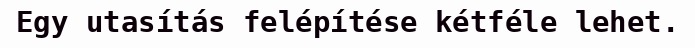
Egy utasítás felépítése kétféle lehet.